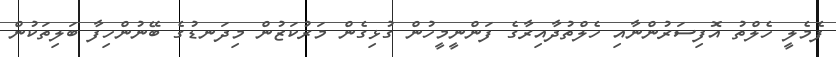
ފެމެލީ ހެލްތު އޮފިސަރުންނާއި ހެލްތުދާއިރާގެ ފަންނީމީހުން ގުޅިގެން މަރުކަޒުން މިދަނޑުގެ ބޭނުންހިފާ ބަލިތަކުން